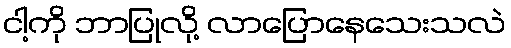
ငါ့ကို ဘာပြုလို့ လာပြောနေသေးသလဲ